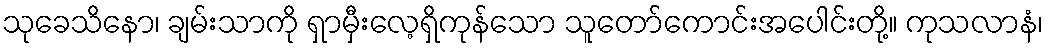
သုခေသိနော၊ ချမ်းသာကို ရှာမှီးလေ့ရှိကုန်သော သူတော်ကောင်းအပေါင်းတို့။ ကုသလာနံ၊